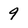
Character: 9